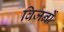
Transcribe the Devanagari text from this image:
विजनों